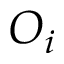
O _ { i }